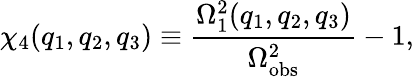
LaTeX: \chi_{4}(q_{1},q_{2},q_{3})\equiv\frac{\Omega_{1}^{2}(q_{1},q_{2},q_{3})}{\Omega_{\mathrm{obs}}^{2}}-1,